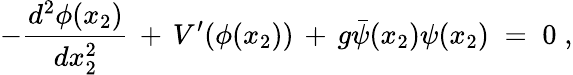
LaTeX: -\frac{d^{2}\phi(x_{2})}{dx_{2}^{2}}\, +\, V^{\prime}(\phi(x_{2}))\, +\, g{\bar{\psi}}(x_{2})\psi(x_{2})\; =\; 0\; ,